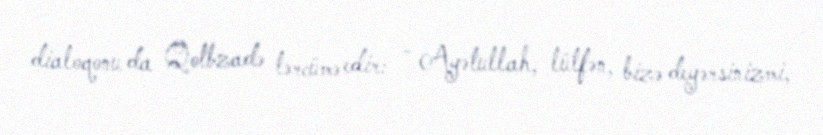
dialoqonu da Qotbzadə tərcümə edir: - Ayətullah, lütfən, bizə deyərsinizmi,